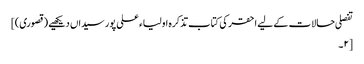
تفصلی حالات کے لیے احقر کی کتاب تذکرہ اولیاء علی پور سیداں دیکھیے (قصوری)]
[۲۔